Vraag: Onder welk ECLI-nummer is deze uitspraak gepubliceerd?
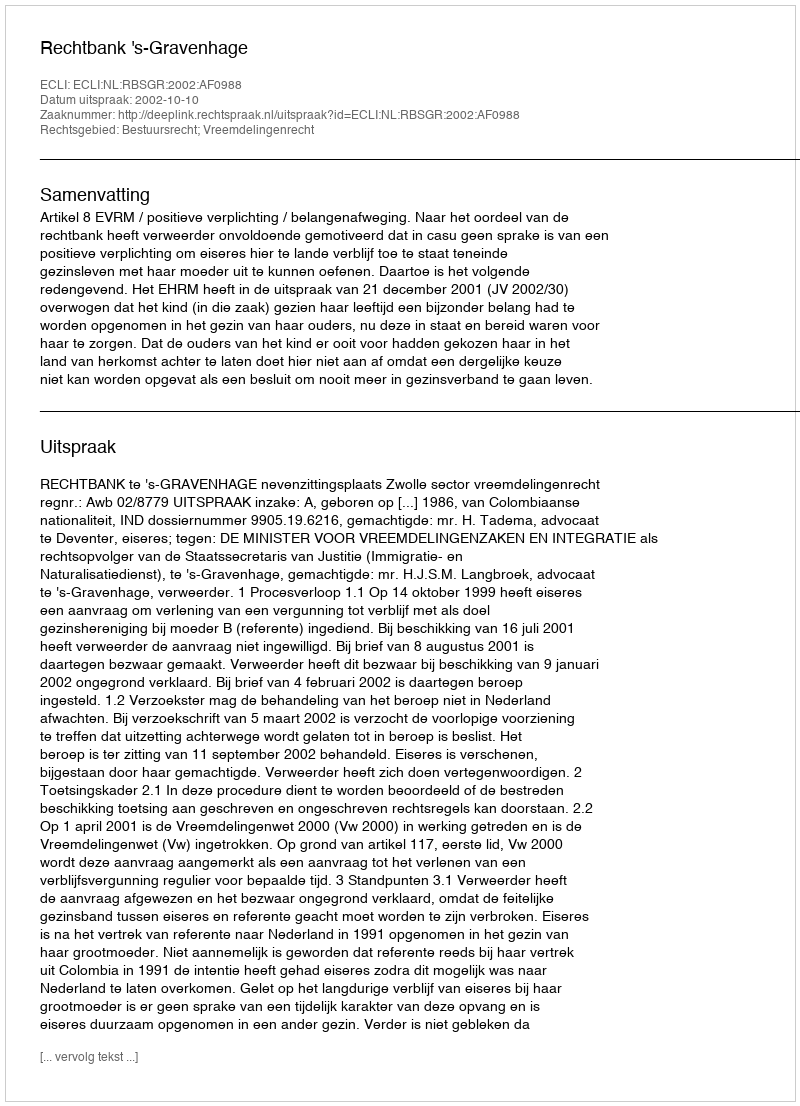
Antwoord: ECLI:NL:RBSGR:2002:AF0988